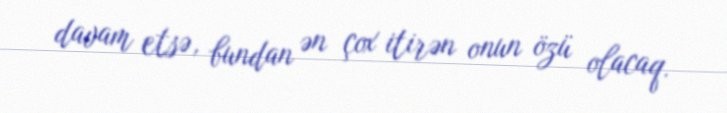
davam etsə, bundan ən çox itirən onun özü olacaq.